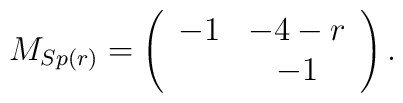
M_{Sp(r)}=\left(\begin{array}{cc}                   -1 & -4-r \\                      & -1             \end{array}\right).